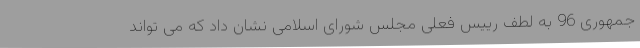
جمهوری 96 به لطف رییس فعلی مجلس شورای اسلامی نشان داد که می تواند